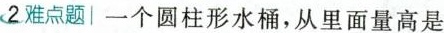
2难点题 一个圆柱形水桶，从里面量高是